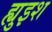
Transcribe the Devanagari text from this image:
ह्युइश